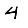
Digit: 4